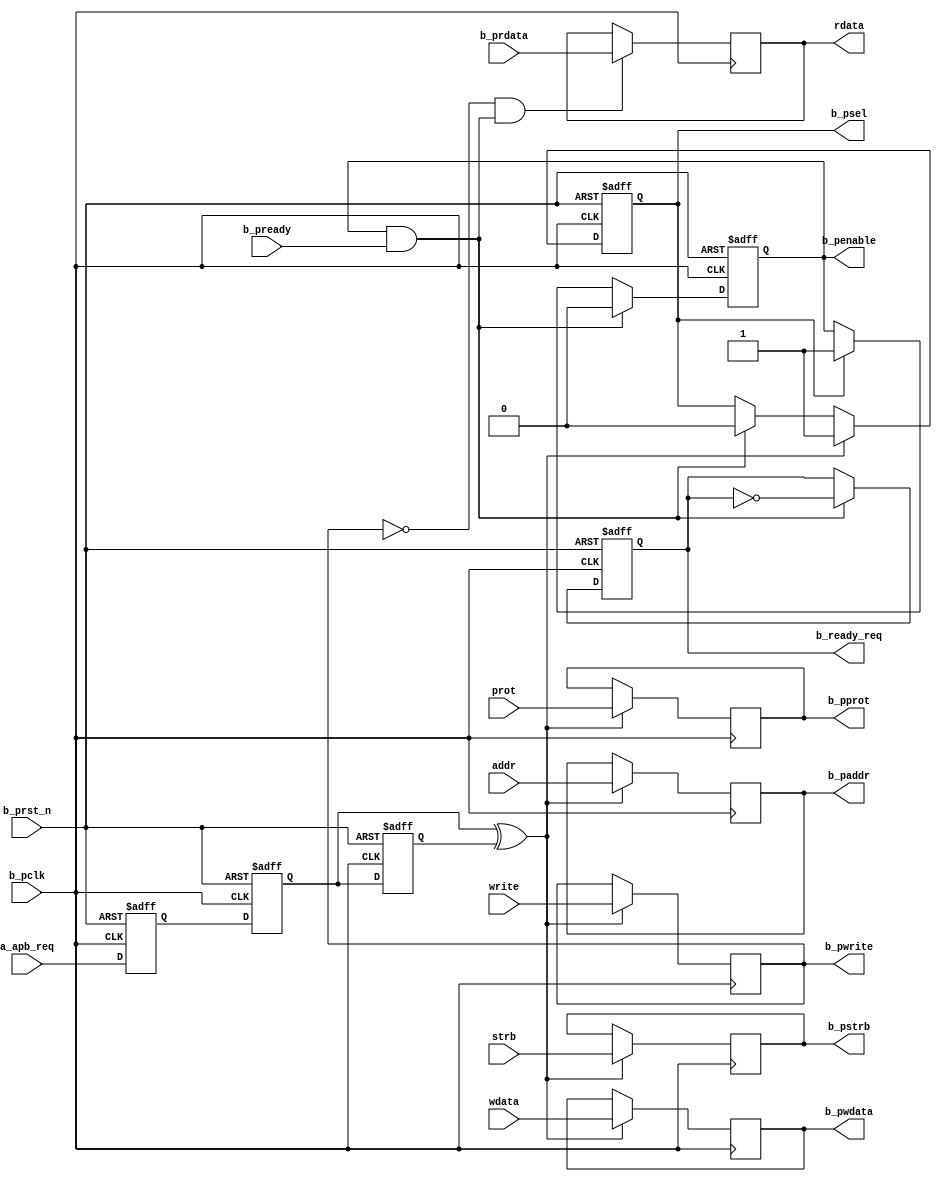
module low_frequency_apb #(
    parameter ADDR_WD = 32,
    parameter DATA_WD = 32,
    parameter STRB_WD = 4,
    parameter PROT_WD = 3
)(
    input                  b_pclk,
    input                  b_prst_n,

    output                 b_psel,
    output                 b_penable,
    output                 b_pwrite,
    output [ADDR_WD-1 : 0] b_paddr,
    output [DATA_WD-1 : 0] b_pwdata,
    output [PROT_WD-1 : 0] b_pprot,
    output [STRB_WD-1 : 0] b_pstrb,
    input  [DATA_WD-1 : 0] b_prdata,
    input                  b_pready,

    input                  a_apb_req,
    input                  write,
    input  [ADDR_WD-1 : 0] addr,
    input  [DATA_WD-1 : 0] wdata,
    input  [PROT_WD-1 : 0] prot,
    input  [STRB_WD-1 : 0] strb,

    output                 b_ready_req,
    output [DATA_WD-1 : 0] rdata                   
);

reg b_psel_r;
reg b_penable_r;
reg b_ready_req_r;

reg                 b_pwrite_r;
reg [ADDR_WD-1 : 0] b_paddr_r;
reg [DATA_WD-1 : 0] b_pwdata_r;
reg [PROT_WD-1 : 0] b_pprot_r;
reg [STRB_WD-1 : 0] b_pstrb_r;

reg [DATA_WD-1 : 0] rdata_r;

reg q1_r, q2_r, q3_r;

wire a2b_apb_req_edge;

wire b_pfire = b_penable && b_pready;

// generate pulse
always @(posedge b_pclk or negedge b_prst_n) begin
    if (!b_prst_n) begin
        {q1_r, q2_r, q3_r} <= 'b0;
    end
    else begin
        {q1_r, q2_r, q3_r} <= {a_apb_req, q1_r, q2_r};
    end
end

assign a2b_apb_req_edge = q2_r ^ q3_r;

//  control path
always @(posedge b_pclk or negedge b_prst_n) begin
    if (!b_prst_n) begin
        b_psel_r <= 1'b0;
    end
    else begin 
        if (a2b_apb_req_edge) begin
            b_psel_r <= 1'b1;
        end     
        else if (b_pfire) begin
            b_psel_r <= 1'b0;
        end
    end
end

always @(posedge b_pclk or negedge b_prst_n) begin
    if (!b_prst_n) begin
        b_penable_r   <= 1'b0;
        b_ready_req_r <= 1'b0;
    end
    else begin
        if (b_psel) begin
            b_penable_r   <= 1'b1;
        end
        if (b_pfire) begin
            b_penable_r   <= 1'b0;
            b_ready_req_r <= ~b_ready_req_r;
        end
    end
end

always @(posedge b_pclk) begin
    if (a2b_apb_req_edge) begin
        b_pwrite_r <= write; 
        b_pwdata_r <= wdata; 
        b_paddr_r  <= addr;
        b_pprot_r  <= prot;
        b_pstrb_r  <= strb;
    end
    if (!b_pwrite && b_pfire) begin
        rdata_r    <= b_prdata;
    end
end
    
assign b_psel      = b_psel_r;
assign b_penable   = b_penable_r;
assign b_ready_req = b_ready_req_r;
assign b_pwrite    = b_pwrite_r;
assign b_pwdata    = b_pwdata_r;
assign b_paddr     = b_paddr_r;
assign b_pprot     = b_pprot_r;
assign b_pstrb     = b_pstrb_r;
assign rdata       = rdata_r;

endmodule